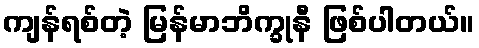
ကျန်ရစ်တဲ့ မြန်မာဘိက္ခုနီ ဖြစ်ပါတယ်။